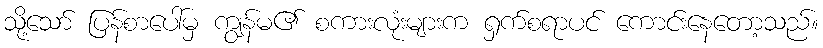
သို့သော် ပြန်စာပေါ်မှ ကျွန်မ၏ စကားလုံးများက ရှက်စရာပင် ကောင်းနေတော့သည်။